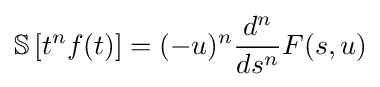
{\mathbb {S} }\left[t^{n}f(t)\right]=(-u)^{n}{\frac {d^{n}}{ds^{n}}}F(s,u)